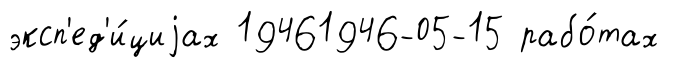
эксп'ед'и́циjах 19461946-05-15 рабо́тах